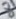
Text: 8